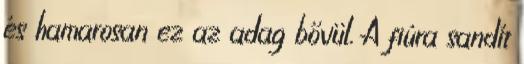
és hamarosan ez az adag bővül. A fiúra sandít